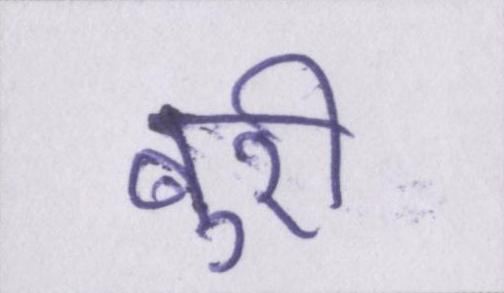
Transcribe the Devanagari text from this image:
बुरी